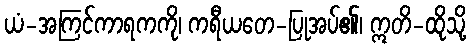
ယံ-အကြင်ကာရကကို၊ ကရီယတေ-ပြုအပ်၏၊ ဣတိ-ထိုသို့